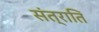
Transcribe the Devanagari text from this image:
संत्राति